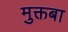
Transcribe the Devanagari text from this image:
मुक्तबा